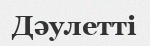
Дәулетті